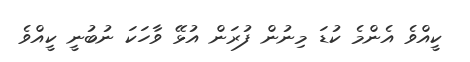
ކީއްވެ އެންމެ ކުޑަ މިނުން ފުރަން އުޅޭ ވާހަކަ ނުބުނީ ކީއްވެ